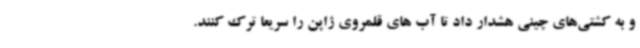
و به کشتی‌های چینی هشدار داد تا آب های قلمروی ژاپن را سریعا ترک کنند.